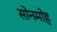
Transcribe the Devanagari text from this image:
सोनमोह